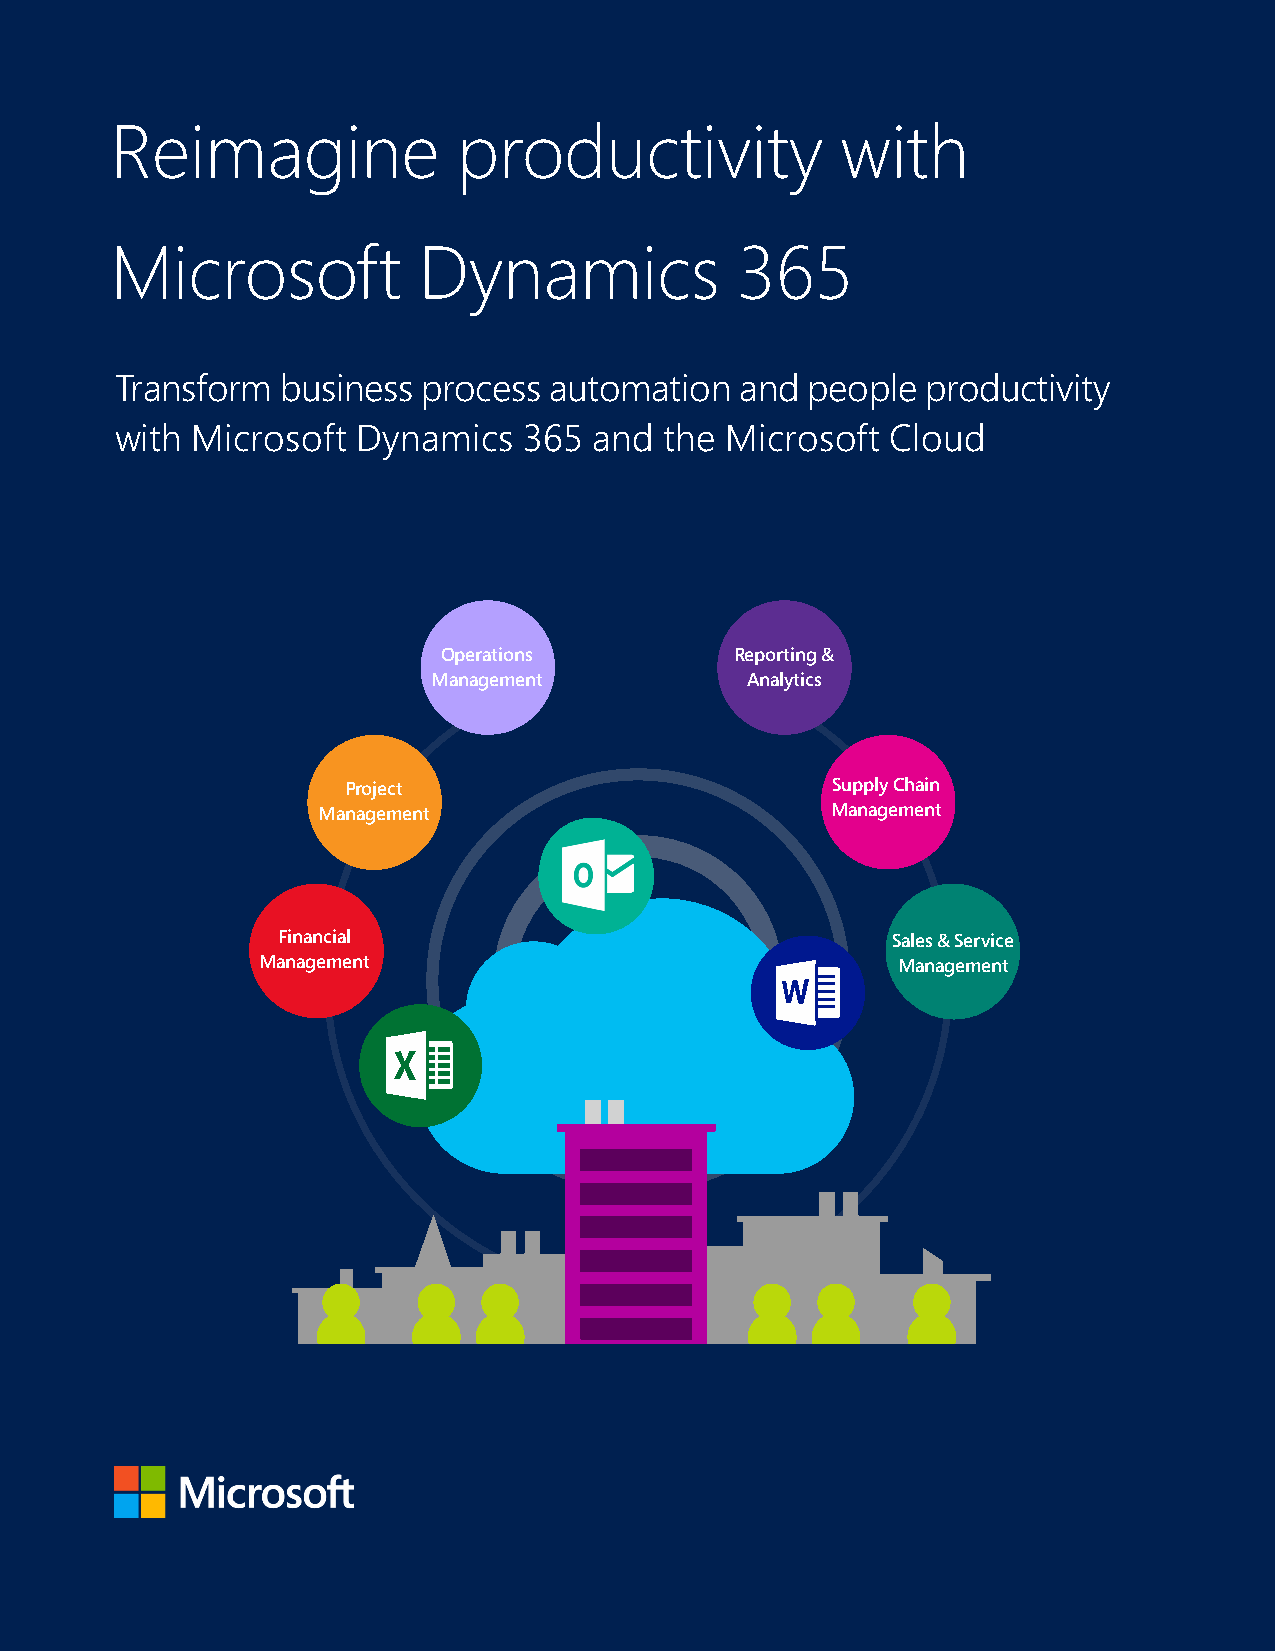
Reimagine              productivity              with
 Microsoft            Dynamics             365
 Transform  business process automation   and people  productivity
 with Microsoft  Dynamics   365 and  the Microsoft  Cloud
 OCpuesrtaotmionesr  Reporting &
 Financials
 MaSneargveimceent   Analytics
 Project                         Supply Chain
 Operations                          Sales
 Management                        Management
 Financial                                Sales & Service
 Field Service                                PSA
 Management                                Management